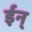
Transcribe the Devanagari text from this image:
ईन्